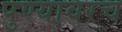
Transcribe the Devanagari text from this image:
पुण्यावरच